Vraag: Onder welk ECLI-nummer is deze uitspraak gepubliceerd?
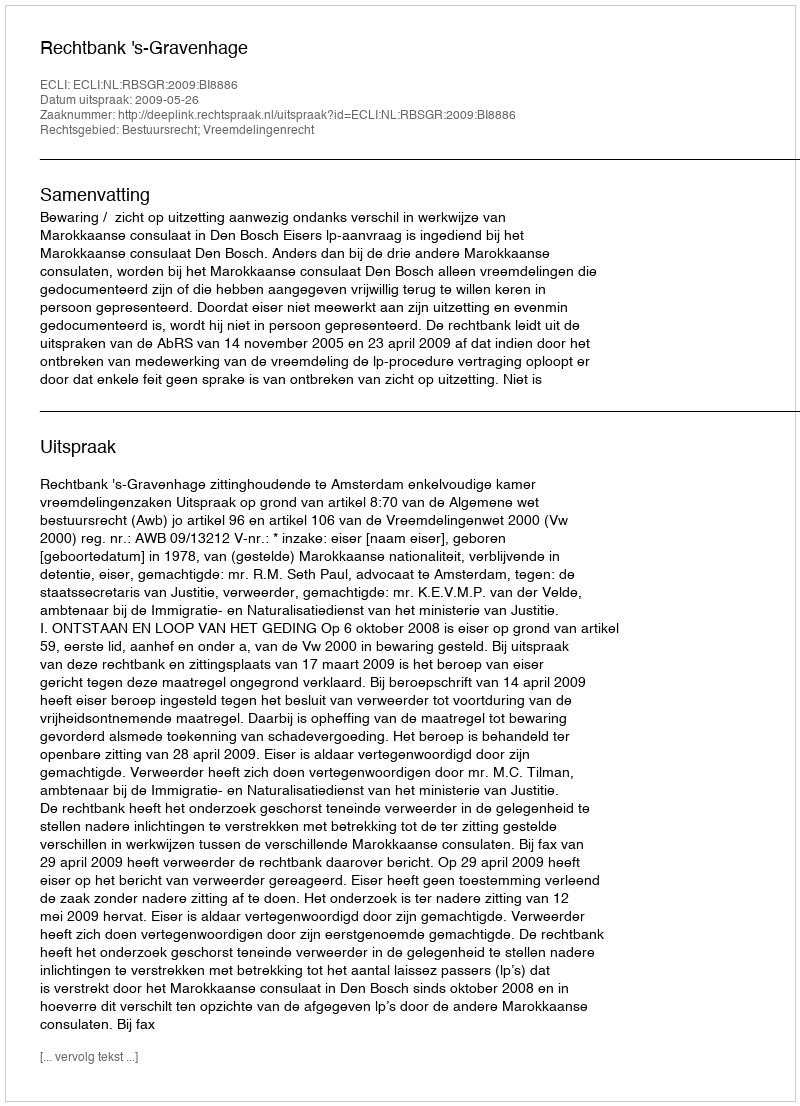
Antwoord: ECLI:NL:RBSGR:2009:BI8886